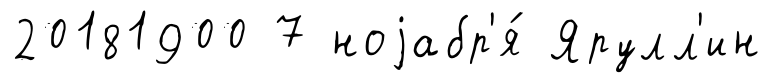
20181900 7 ноjабр'я́ Ярулл'ин